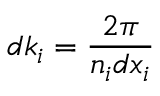
d k _ { i } = \frac { 2 \pi } { n _ { i } d x _ { i } }